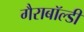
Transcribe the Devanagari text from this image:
गैराबॉल्डी